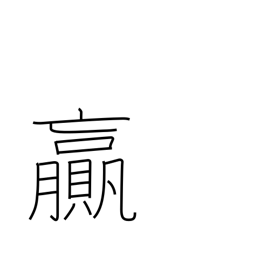
Meaning: surplus